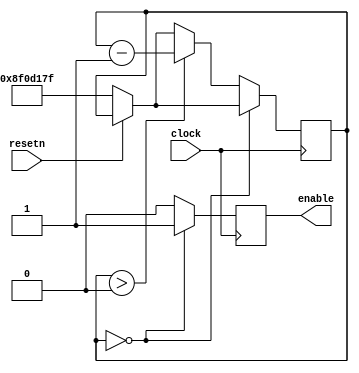
module gameclock(clock,resetn, enable);
input clock, resetn;
output reg enable;

reg [27:0] count;

always@(posedge clock) begin
	if(!resetn) begin
		count <= 28'd149_999_999;
		enable <= 1'b0;
	end
	if (count == 28'd0) begin
		enable <= 1'b1;
	end
	else begin
		if (count > 28'd0) count <= count -1;
		enable <= 1'b0;
	end
end
endmodule